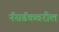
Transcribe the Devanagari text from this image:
नॅसडॅकवरील